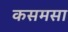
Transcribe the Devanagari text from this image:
कसमसा